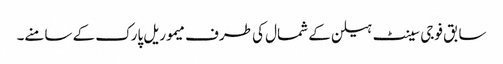
سابق فوجی سینٹ ہیلن کے شمال کی طرف میموریل پارک کے سامنے۔